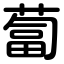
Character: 蔔